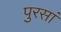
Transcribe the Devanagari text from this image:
पुरसां